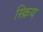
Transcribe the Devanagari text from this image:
स्क्रिय